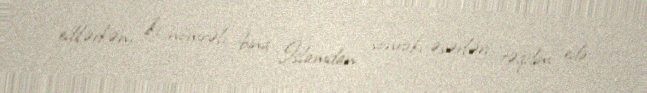
edilərkən, iki nömrəli bina İslamdan sonrakı əsərləri təqdim edir.